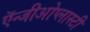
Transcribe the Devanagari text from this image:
ऍन्जीओेप्लास्टी